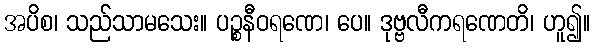
အပိစ၊ သည်သာမသေး။ ပဉ္စနီဝရဏေ၊ ပေ။ ဒုဗ္ဗလီကရဏေတိ၊ ဟူ၍။